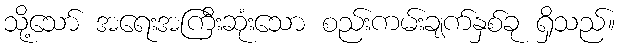
သို့သော် အရေးအကြီးဆုံးသော စည်းကမ်းချက်နှစ်ခု ရှိသည်။